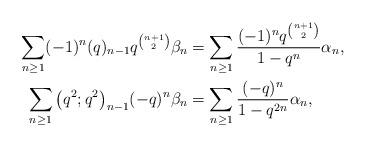
LaTeX: \begin{align*}\sum_{n \geq 1} (-1)^n(q)_{n-1}q^{\binom{n+1}{2}}\beta_n &= \sum_{n \geq 1} \frac{(-1)^nq^{\binom{n+1}{2}}}{1-q^n}\alpha_n, \\\sum_{n \geq 1} \big(q^2;q^2\big)_{n-1} (-q)^n\beta_n &= \sum_{n \geq 1} \frac{(-q)^n}{1-q^{2n}}\alpha_n, \end{align*}